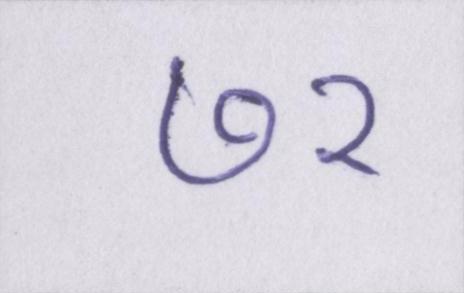
७२